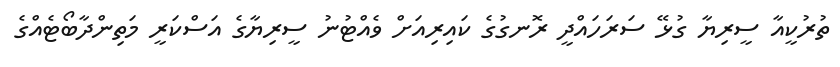
ތުރުކީއާ ސީރިޔާ ގުޅޭ ސަރަހައްދީ ރޮނގުގެ ކައިރިއަށް ވެއްޓުނު ސީރިޔާގެ އަސްކަރީ މަތިންދާބޯޓެއްގެ